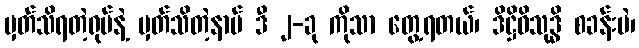
မှတ်သိရတဲ့ရုပ်နဲ့ မှတ်သိတဲ့နာမ် ဒီ ၂-ခု ကိုသာ တွေ့ရတယ်၊ ဒိဋ္ဌိဝိသုဒ္ဓိ စခန်းပဲ၊